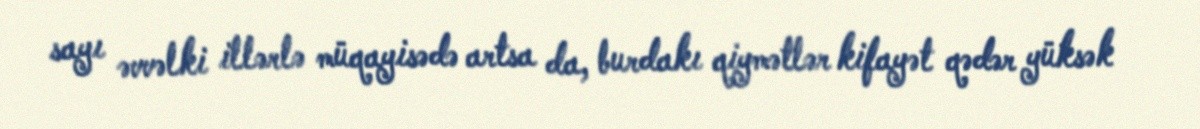
sayı əvvəlki illərlə müqayisədə artsa da, burdakı qiymətlər kifayət qədər yüksək